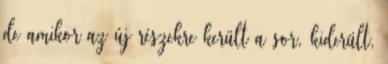
de amikor az új részekre került a sor, kiderült,